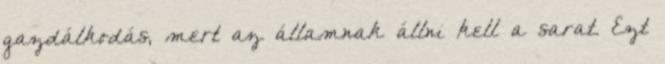
gazdálkodás, mert az államnak állni kell a sarat. Ezt